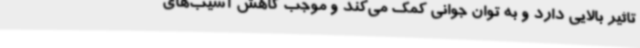
تاثیر بالایی دارد و به توان جوانی کمک می‌کند و موجب کاهش آسیب‌های